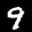
Label: 9